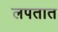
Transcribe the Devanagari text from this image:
लपतात